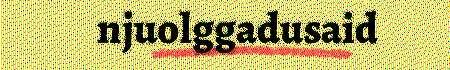
njuolggadusaid